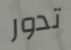
تدور